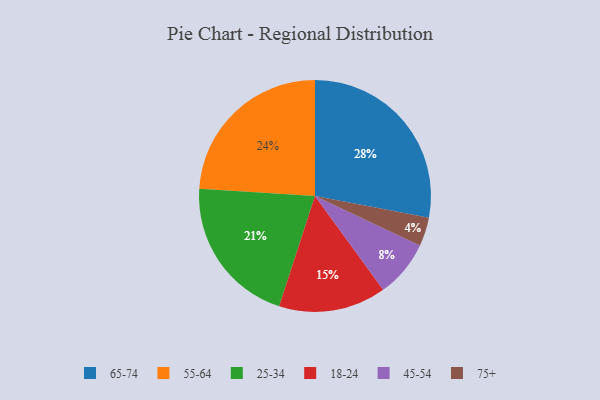
{"axis": {"x": "Category", "y": "Percentage"}, "legend": ["18-24", "25-34", "45-54", "55-64", "65-74", "75+"], "data": [{"x": "18-24", "y": 15, "type": "18-24"}, {"x": "55-64", "y": 24, "type": "55-64"}, {"x": "65-74", "y": 28, "type": "65-74"}, {"x": "25-34", "y": 21, "type": "25-34"}, {"x": "75+", "y": 4, "type": "75+"}, {"x": "45-54", "y": 8, "type": "45-54"}]}